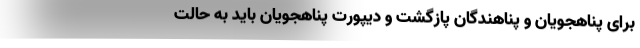
برای پناهجویان و پناهندگان پازگشت و دیپورت پناهجویان باید به حالت